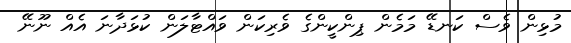
މުޅިން ވެސް ކަނޑޭ މަމެން ޕިންކީންގެ ވެރިކަން ވައްޓާލަން ކުޅަދާނަ އެއް ނޫނޭ